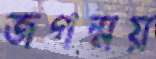
জগন্ময়